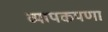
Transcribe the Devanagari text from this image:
व्यापकपणा